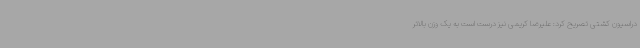
دراسیون کشتی تصریح کرد: علیرضا کریمی نیز درست است به یک وزن بالاتر